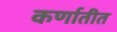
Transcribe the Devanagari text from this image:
कर्णातीत